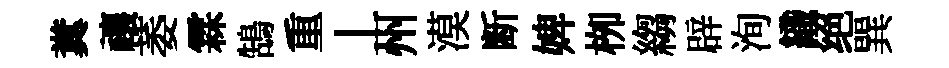
糞禳萎霖鵠重丄州漠断婢栁縐辟洵織绝巽